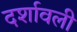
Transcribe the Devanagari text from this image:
दर्शावली